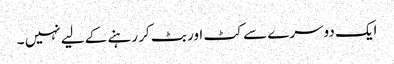
ایک دوسرے سے کٹ اور بٹ کر رہنے کے لیے نہیں ۔